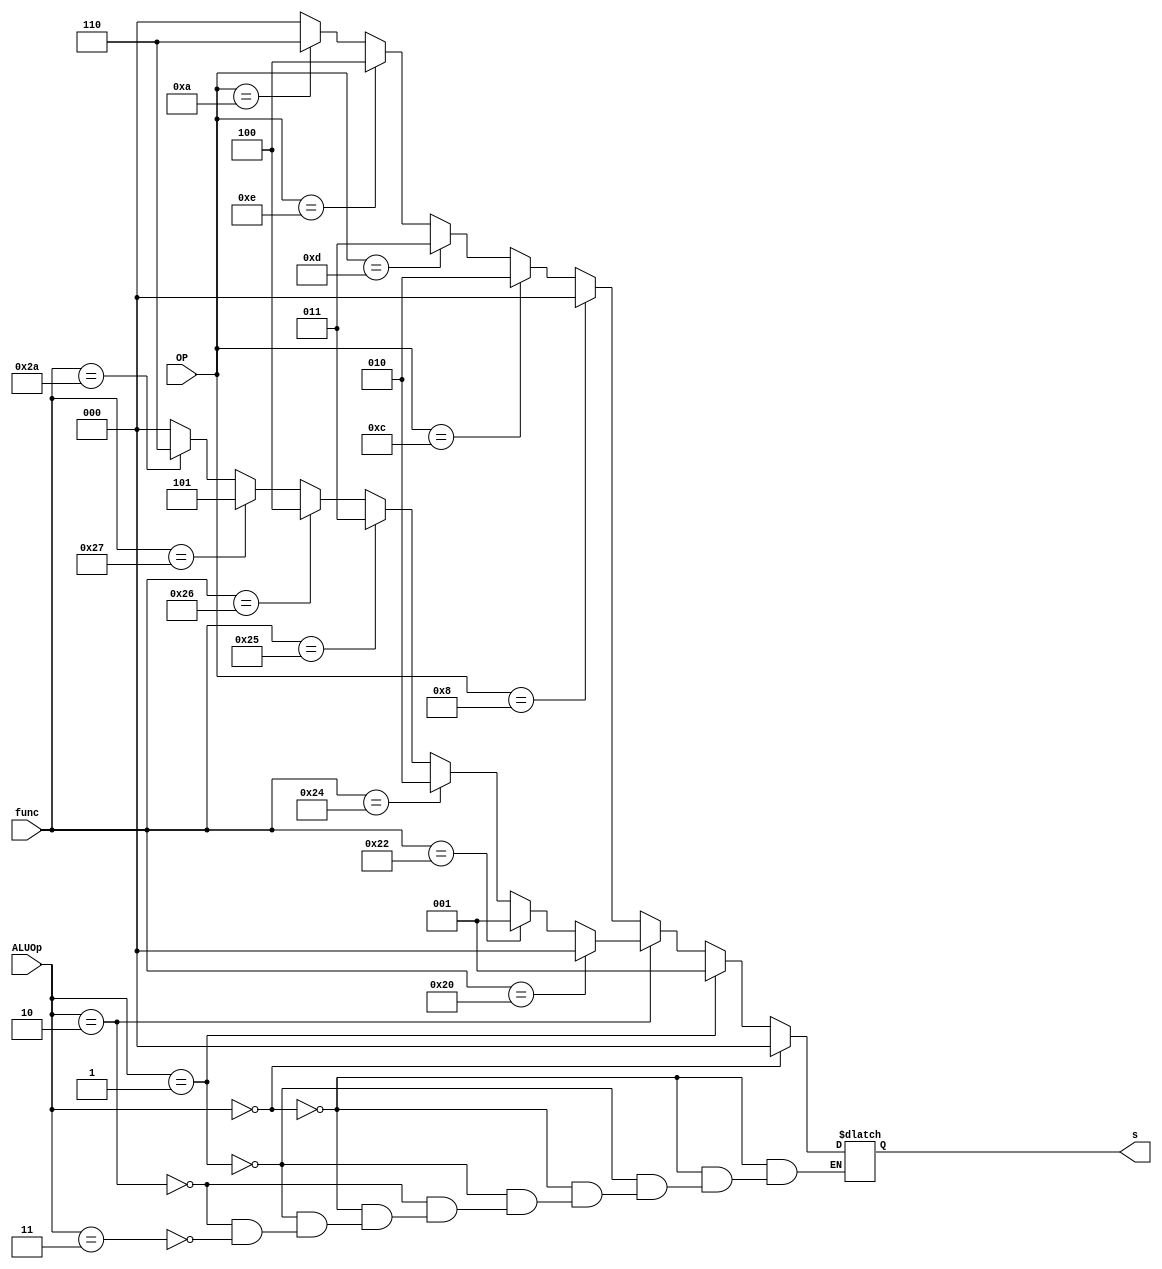
module ALUControl(
    input [1:0] ALUOp,
    input [5:0] OP,
    input [5:0] func,
    output reg [2:0] s
);

//  s == 0 --add; s == 1 --sub; s == 2 --or; s == 3 --xor; s == 4 --nor; s == 5 --slt;
    always @ (*)
    begin
        if (ALUOp == 2'b00)
            s = 0;
        else if (ALUOp == 2'b01)
            s = 1;
        else if (ALUOp == 2'b10) begin
            if (func == 6'b100000)
                s = 0;
            else if (func == 6'b100010)
                s = 1;
            else if (func == 6'b100100)
                s = 2;
            else if (func == 6'b100101)
                s = 3;
            else if (func == 6'b100110)
                s = 4;
            else if (func == 6'b100111)
                s = 5;
            else if (func == 6'b101010)
                s = 6;
            else s = 0;
        end
        else if (ALUOp == 2'b11) begin
            if (OP == 6'b001000)
                s = 0;
            else if (OP == 6'b001100)
                s = 2;
            else if (OP == 6'b001101)
                s = 3;
            else if (OP == 6'b001110)
                s = 4;
            else if (OP == 6'b001010)
                s = 6;
            else s = 0;
        end
    end

endmodule // ALUControl